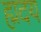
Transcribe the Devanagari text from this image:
ह्मदय